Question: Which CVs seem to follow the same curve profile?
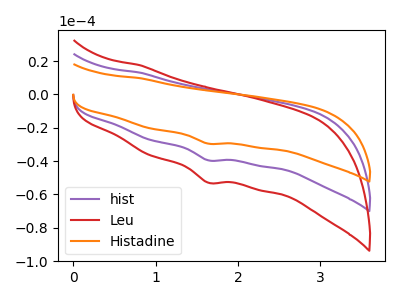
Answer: <think>The purple curve "hist" has a cathodic peak at: (1.65V, -39.55uA). The red curve "Leu" has a cathodic peak at: (1.65V, -52.95uA). The orange curve "Histadine" has a cathodic peak at: (1.65V, -79.10uA).
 All the peaks in "hist" have a peak in "Leu" at the same potential. Every peak in "hist" is lower than every peak in "Leu". All the peaks in "hist" have a peak in "Histadine" at the same potential. Every peak in "hist" is lower than every peak in "Histadine". All the peaks in "Leu" have a peak in "Histadine" at the same potential. Every peak in "Leu" is lower than every peak in "Histadine".</think>
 <answer>"Leu", "hist" and "Histadine" have the same shape and are likely CV's of the same chemical.</answer>
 <eval>"Leu" "hist" "Histadine"</eval>